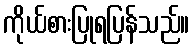
ကိုယ်စားပြုရပြန်သည်။